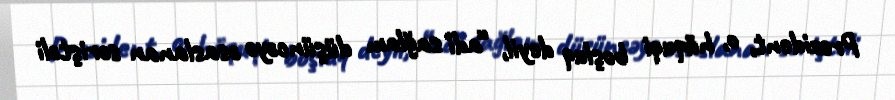
Prezident, o, hüquqi boşluq deyil, “adi sağlam düşüncəyə əsaslanan səriştəli